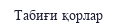
Табиғи қорлар